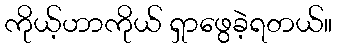
ကိုယ့်ဟာကိုယ် ရှာဖွေခဲ့ရတယ်။